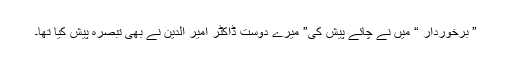
” برخوردار “ میں نے چائے پیش کی” میرے دوست ڈاکٹر امیر الدین نے بھی تبصرہ پیش کیا تھا۔